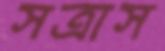
সত্রাস